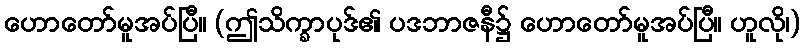
ဟောတော်မူအပ်ပြီ။ (ဤသိက္ခာပုဒ်၏ ပဒဘာဇနီ၌ ဟောတော်မူအပ်ပြီ။ ဟူလို၊)